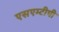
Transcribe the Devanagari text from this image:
एसएम्टीपी